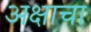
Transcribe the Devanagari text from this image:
अक्षाचा